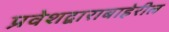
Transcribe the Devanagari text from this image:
प्रवेशद्वाराबाहेरील